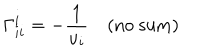
LaTeX: \Gamma _ { i i } ^ { i } = - \frac { 1 } { u _ { i } } \quad ( \mathrm { n o ~ s u m ) }